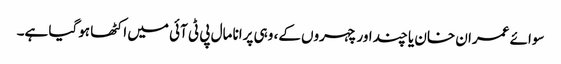
سوائے عمران خان یا چند اور چہروں کے، وہی پرانا مال پی ٹی آئی میں اکٹھا ہوگیا ہے۔